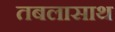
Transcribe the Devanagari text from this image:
तबलासाथ